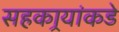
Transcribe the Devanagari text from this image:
सहकार्‍यांकडे